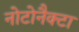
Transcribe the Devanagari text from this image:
नोटोनैक्टा